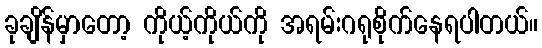
ခုချိန်မှာတော့ ကိုယ့်ကိုယ်ကို အရမ်းဂရုစိုက်နေရပါတယ်။